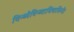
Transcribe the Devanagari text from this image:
विन्ध्येविन्ध्याधिवासिनी।